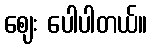
ဈေး ပေါပါတယ်။